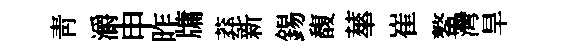
青灂申昨牗莽新錫馥蕐崔鳌灣旱